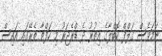
ނަމަވެސް ގަލްފް ކޮބްލާގެ އިތުރު ދެ ޑްރެޖަރު މި ހަފްތާ ތެރޭގައި އައިސް